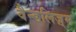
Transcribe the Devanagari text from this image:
वैन्डलिज़्म